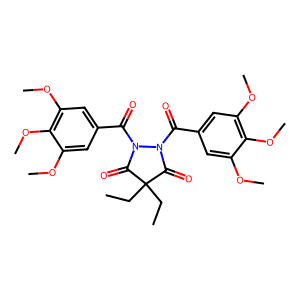
SMILES: CCC1(CC)C(=O)N(C(=O)c2cc(OC)c(OC)c(OC)c2)N(C(=O)c2cc(OC)c(OC)c(OC)c2)C1=O
Inhibits HIV replication: No